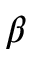
\beta